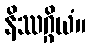
နိဿဂ္ဂိယံ။